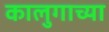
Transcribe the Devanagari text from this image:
कालुगाच्या